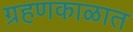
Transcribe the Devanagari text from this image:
ग्रहणकाळात